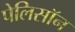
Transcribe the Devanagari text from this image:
पेलिसॉन